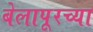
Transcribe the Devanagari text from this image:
बेलापूरच्या